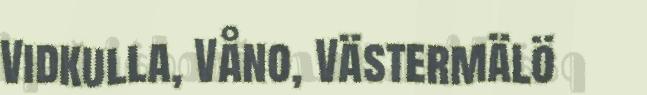
Vidkulla, Våno, Västermälö